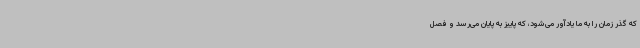
که گذر زمان را به ما یادآور می‌شود، که پاییز به پایان می‌رسد و فصل